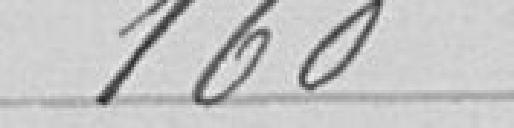
160